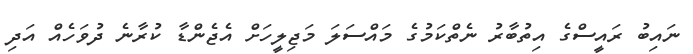
ނައިބު ރައީސްގެ އިތުބާރު ނެތްކަމުގެ މައްސަލަ މަޖިލީހަށް އެޖެންޑާ ކުރާނެ ދުވަހެއް އަދި